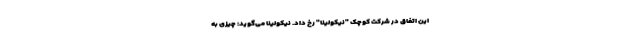
این اتفاق در شرکت کوچک "نیکولینا" رخ داد. نیکولینا می‌گوید: چیزی به